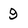
Character: 9